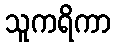
သူကရိကာ